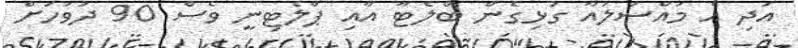
އަދި އެ މައްސަލައާ ގުޅިގެން ބްލެޓާ އާއި ޕްލެޓިނީ ވެސް 90 ދުވަހަށް